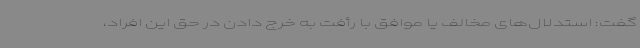
گفت: استدلال‌های مخالف یا موافق با رأفت به خرج دادن در حق این افراد،